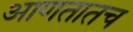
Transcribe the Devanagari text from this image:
आणतातच